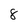
Character: 8